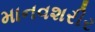
માનવશરીર